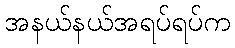
အနယ်နယ်အရပ်ရပ်က